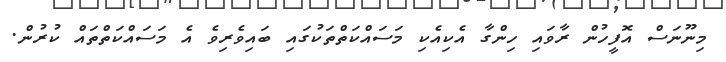
މިނޫނަސް އޮފީހުން ރާވައި ހިންގާ އެކިއެކި މަސައްކަތްތަކުގައި ބައިވެރިވެ އެ މަސައްކަތްތައް ކުރުން.